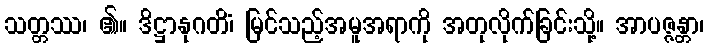
သတ္တဿ၊ ၏။ ဒိဋ္ဌာနုဂတိံ၊ မြင်သည့်အမူအရာကို အတုလိုက်ခြင်းသို့။ အာပဇ္ဇန္တာ၊